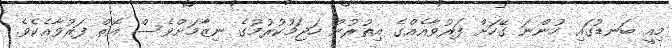
މިއީ ބަނޑުގައި ހުންނަ ގޭހަށް ފަރުވާއެއްގެ އިތުރުން ހަޖަމުކުރުމުގެ ނިޒާމަށްވެސް އޮތް ފަރުވާއެކެވެ.